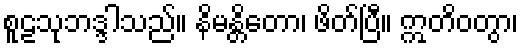
စူဠသုဘဒ္ဒါသည်။ နိမန္တိတော၊ ဖိတ်ပြီ။ ဣတိဝတွာ၊